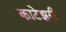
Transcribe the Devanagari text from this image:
काटेझरी